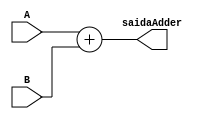
/*
 Alunos: Washington Pagotto Batista, Pedro kenndy e Ivan Rios
 Universidade Estadual de Feira de Santana 2017.1
 TEC499 - MI - Sistemas Digitais

 Modulo: PcAdder.v
 Descrio: Modulo criado para quinto estagio da pipeline 
 Entradas:
    A: 32-bit value
    B: 32-bit value
	
 Saida:
    saidaAdder: A+B  visto que b sempre ser 4
*/
module PCAdder(
  input [31:0] A,
  input [31:0] B,
  output  [31:0] saidaAdder
);
   
    
assign  saidaAdder =(A + B);
  

endmodule